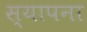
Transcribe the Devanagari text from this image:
स्यापना